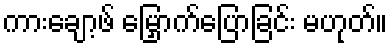
ကားချော့ဖ် မြှောက်ပြောခြင်း မဟုတ်။